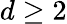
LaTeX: d\geq 2